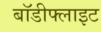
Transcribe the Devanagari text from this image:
बॉडीफ्लाइट